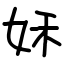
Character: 姀